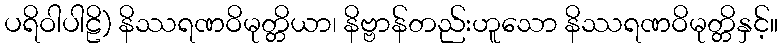
ပရိဝါပါဠိ) နိဿရဏဝိမုတ္တိယာ၊ နိဗ္ဗာန်တည်းဟူသော နိဿရဏဝိမုတ္တိနှင့်။